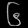
Digit: ၆